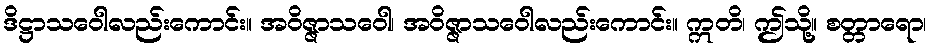
ဒိဋ္ဌာသဝေါလည်းကောင်း။ အဝိဇ္ဇာသဝေါ၊ အဝိဇ္ဇာသဝေါလည်းကောင်း။ ဣတိ၊ ဤသို့။ စတ္တာရော၊